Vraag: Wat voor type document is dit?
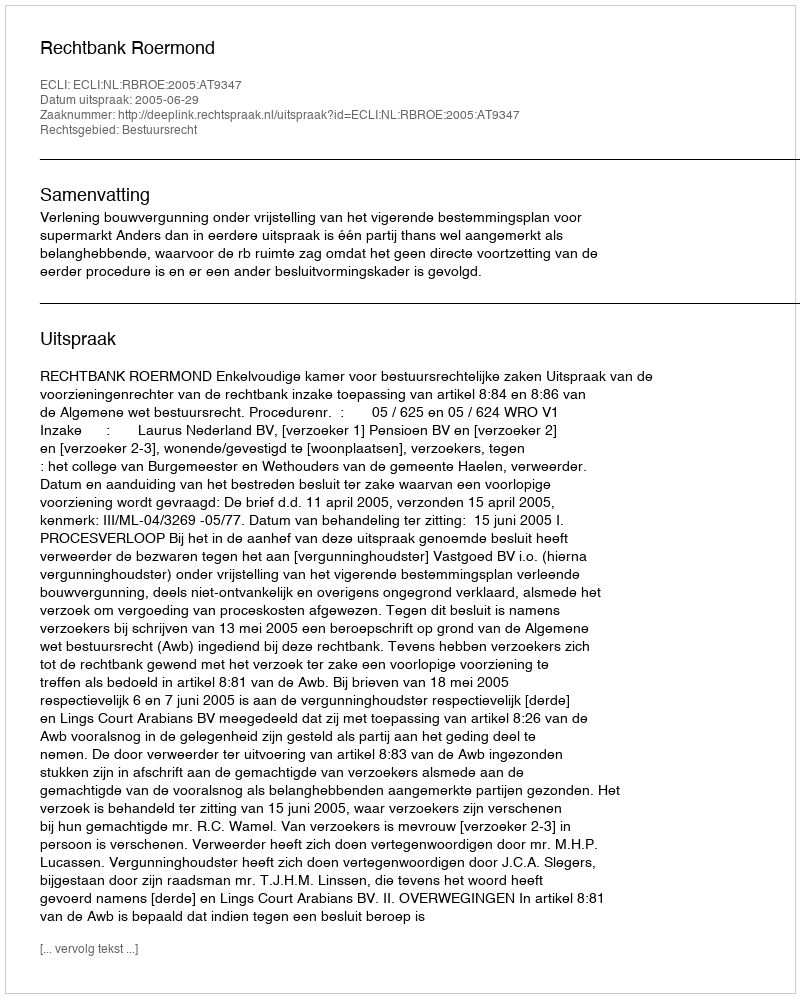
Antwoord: Uitspraak